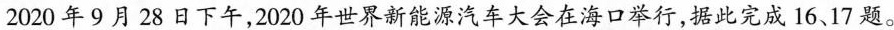
2020年9月28日下午，2020年世界新能源汽车大会在海口举行，据此完成16、17题。